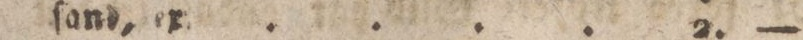
ſand, ex. .... 2. —